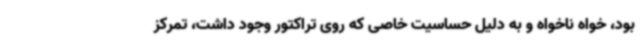
بود، خواه ناخواه و به دلیل حساسیت خاصی که روی تراکتور وجود داشت، تمرکز